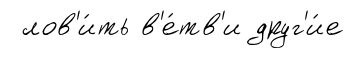
лов'и́ть в'е́тв'и друг'и́е